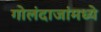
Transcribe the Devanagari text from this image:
गोलंदाजांमध्ये